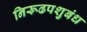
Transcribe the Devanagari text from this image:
निरूढपशुबंध